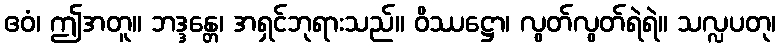
ဧဝံ၊ ဤအတူ။ ဘဒ္ဒန္တေ၊ အရှင်ဘုရားသည်။ ဝိဿဋ္ဌော၊ လွတ်လွတ်ရဲရဲ။ သလ္လပတု၊